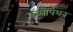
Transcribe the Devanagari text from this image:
एब्सौर्पशन